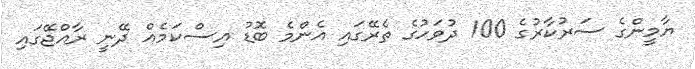
ޔާމީންގެ ސަރުކާރުގެ 100 ދުވަހުގެ ތެރޭގައި އެންމެ ބޮޑު އިސްކަމެއް ދޭނީ ރާއްޖޭގައި